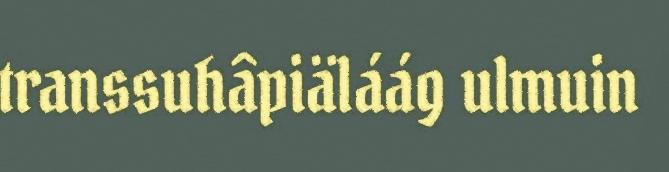
transsuhâpiäláág ulmuin